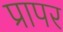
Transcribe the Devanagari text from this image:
प्रापर